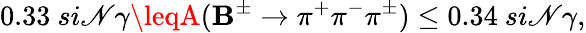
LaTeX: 0.33~si\mathscr{N}\gamma\leqA(\mathbf{B}^{\pm}\to\pi^{+}\pi^{-}\pi^{\pm})\leq0.34~si\mathscr{N}\gamma,